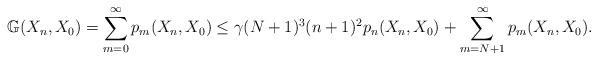
LaTeX: \begin{align*}\mathbb{G}(X_n,X_0) = \sum_{m=0}^\infty p_m(X_n,X_0) \leq \gamma (N+1)^3 (n+1)^2 p_n(X_n,X_0) + \sum_{m=N+1}^\infty p_m(X_n,X_0).\end{align*}